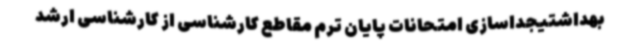
بهداشتیجداسازی امتحانات پایان ترم مقاطع کارشناسی از کارشناسی ارشد